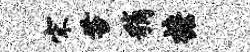
宋苔稍檐